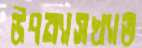
উপন্যাসখ্যাত